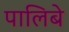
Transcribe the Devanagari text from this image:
पालिबे